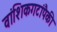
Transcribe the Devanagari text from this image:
वांशिकगटांपैकी